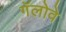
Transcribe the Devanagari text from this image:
गॅलोवे